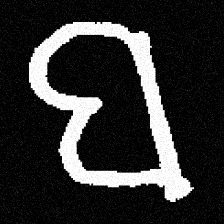
Pyu character \u2014 Myanmar letter: ဗ (romanized: ba)